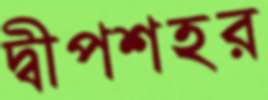
দ্বীপশহর